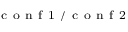
_ \mathrm { ~ c ~ o ~ n ~ f ~ 1 ~ / ~ c ~ o ~ n ~ f ~ 2 ~ }